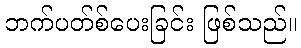
ဘက်ပတ်စ်ပေးခြင်း ဖြစ်သည်။